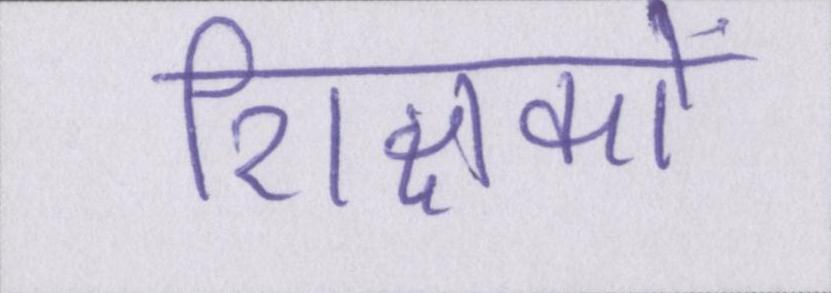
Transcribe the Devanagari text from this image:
शिक्षकों